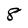
Character: 8